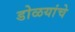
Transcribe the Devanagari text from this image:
डोळयांचे